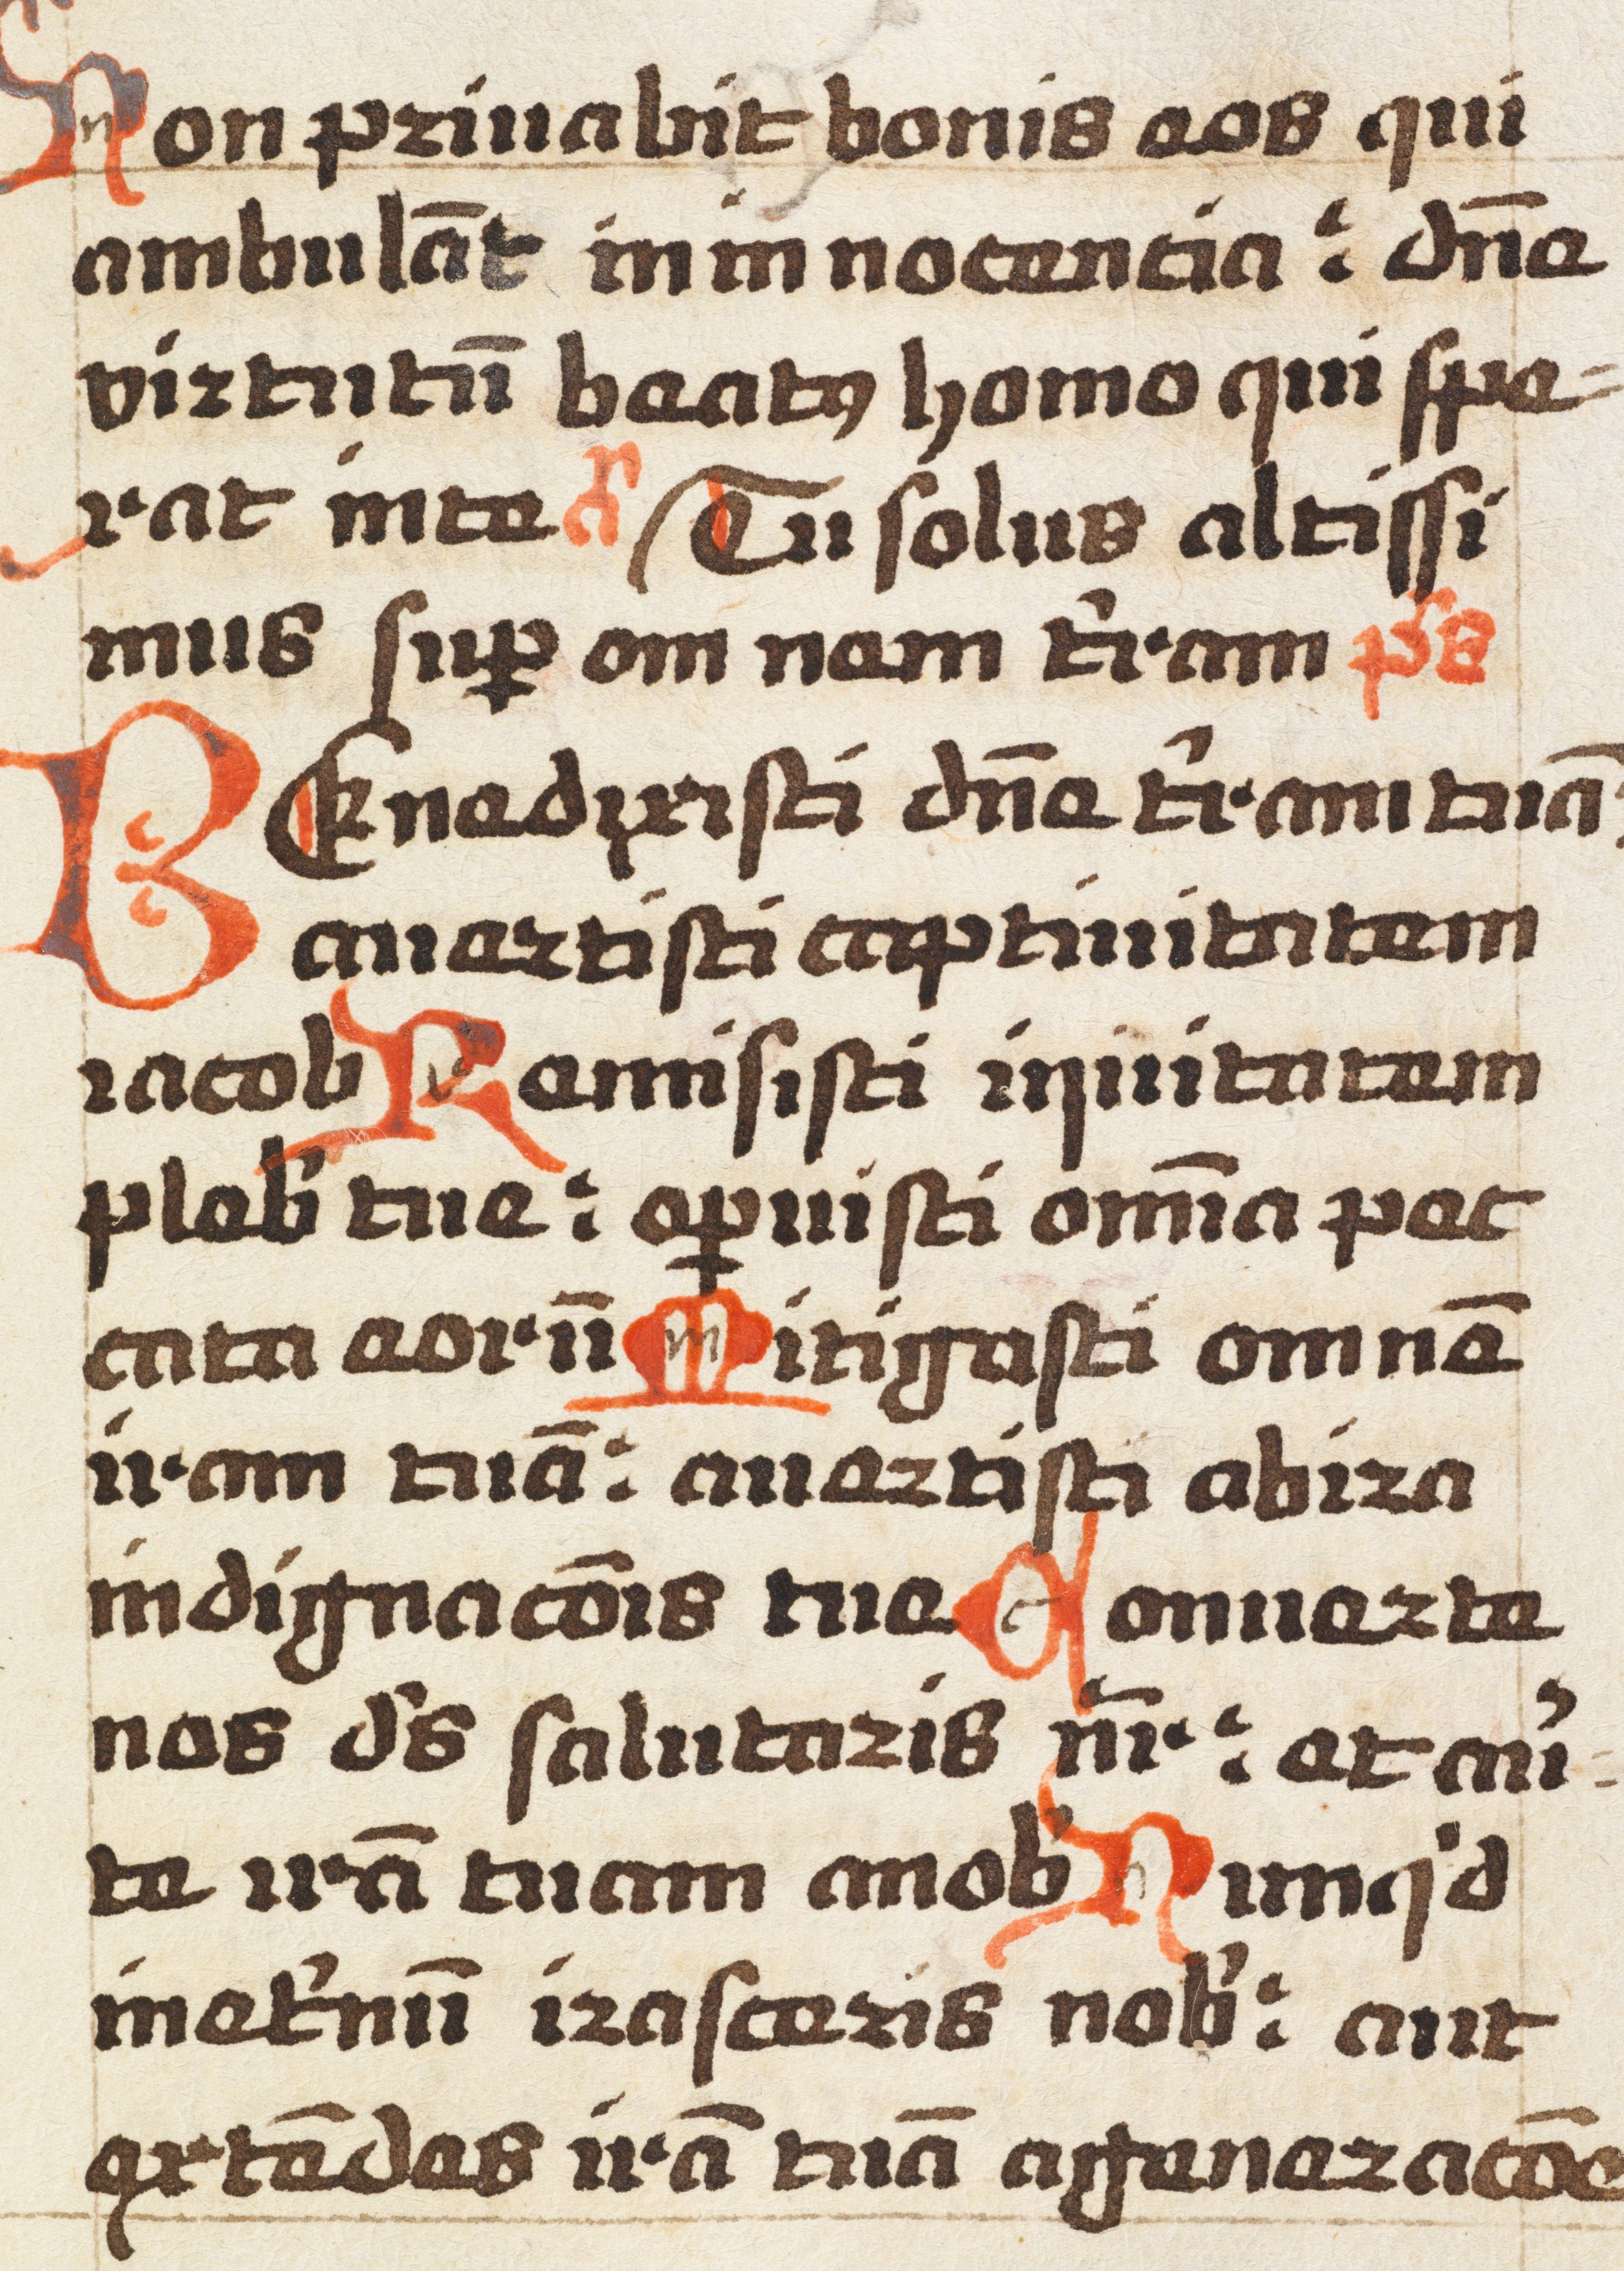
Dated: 1492–1492